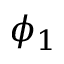
\phi _ { 1 }